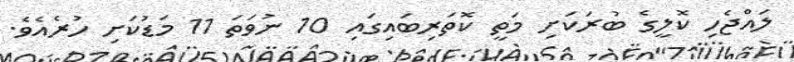
ލައްޖެހި ކޮލީގެ ބުރަކަށި މަތީ ކޮތަރިބައިގައި 10 ނުވަތަ 11 މަޑުކަށި ހުރެއެވެ.